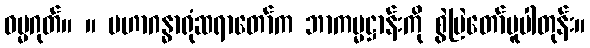
ဓမ္မဂုတ်။ ။ မဟာဂန္ဓာရုံဆရာတော်က ဘာကမ္မဋ္ဌာန်းကို စွဲမြဲတော်မူပါတုန်း။